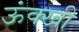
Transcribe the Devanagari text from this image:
ऊंक्खी